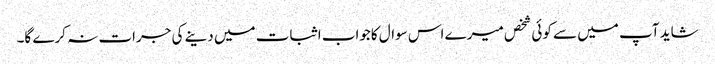
شاید آپ میں سے کوئی شخص میرے اس سوال کاجواب اثبات میں دینے کی جرات نہ کرے گا۔